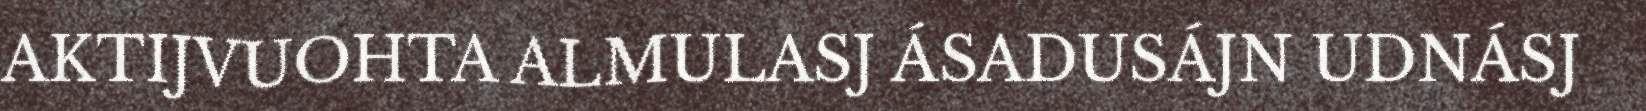
AKTIJVUOHTA ALMULASJ ÁSADUSÁJN UDNÁSJ